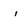
Character: i